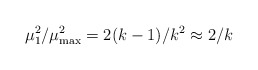
\begin{align*}\mu_1^2 /\mu_{\max}^2 = 2 (k-1) /k^2 \approx 2/k\end{align*}